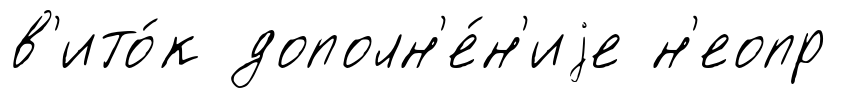
в'ито́к дополн'е́н'иjе н'еопр